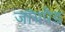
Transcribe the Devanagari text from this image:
जॉयपैड